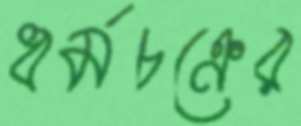
ধর্মচক্রের